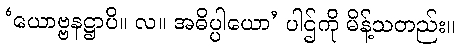
‘ယောဗ္ဗနဋ္ဌာပိ။ လ။ အဓိပ္ပါယော’ ပါဌ်ကို မိန့်သတည်း။